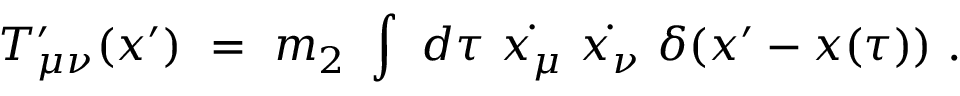
T _ { \mu \nu } ^ { \prime } ( x ^ { \prime } ) ~ = ~ m _ { 2 } ~ \int ~ d \tau ~ \dot { x _ { \mu } } ~ \dot { x _ { \nu } } ~ \delta ( x ^ { \prime } - x ( \tau ) ) ~ .